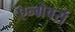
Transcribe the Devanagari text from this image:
एन्ग्रेवर्स